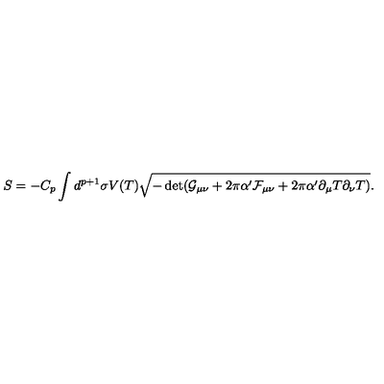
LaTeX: S = - C _ { p } \int d ^ { p + 1 } \sigma V ( T ) \sqrt { - \det ( \mathcal { G } _ { \mu \nu } + 2 \pi \alpha ^ { \prime } \mathcal { F } _ { \mu \nu } + 2 \pi \alpha ^ { \prime } \partial _ { \mu } T \partial _ { \nu } T ) } .